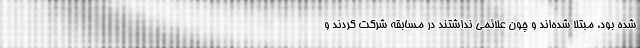
شده بود، مبتلا شده‌اند و چون علائمی نداشتند در مسابقه شرکت کردند و